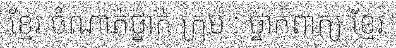
ខ្មែរ ចំណាត់ថ្នាក់ ក្រុម : ថ្នាក់ពាក្យ ខ្មែរ